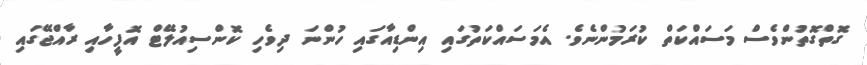
ގޮތްގޮތުންވެސް މަސައްކަތް ކުރަމުންނެވެ. އެމަސައްކަތުގައި އިންޑިއާގައި ހުންނަ ދިވެހި ކޮންސިއުލޭޓް އޮފީހާއި ރާއްޖޭގައި